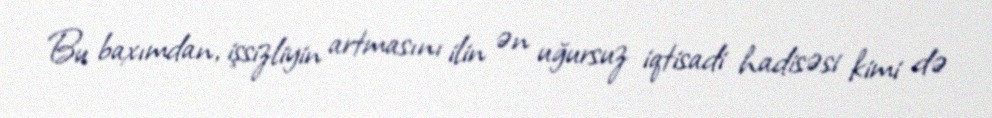
Bu baxımdan, işsizliyin artmasını ilin ən uğursuz iqtisadi hadisəsi kimi də